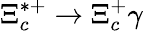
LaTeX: \Xi_{c}^{*+}\to\Xi_{c}^{+}\gamma